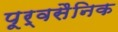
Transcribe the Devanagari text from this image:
पूर्वसैनिक